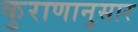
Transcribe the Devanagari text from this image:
कुराणानुसार